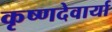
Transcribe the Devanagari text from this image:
कृष्णदेवार्या